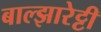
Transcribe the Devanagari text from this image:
बाल्झारेट्टी